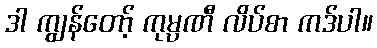
ဒါ ကျွန်တော့် ကုမ္ပဏီ လိပ်စာ ကဒ်ပါ။